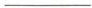
___